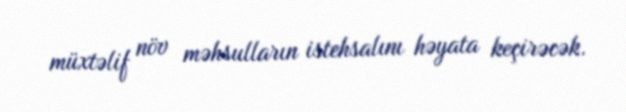
müxtəlif növ məhsulların istehsalını həyata keçirəcək.